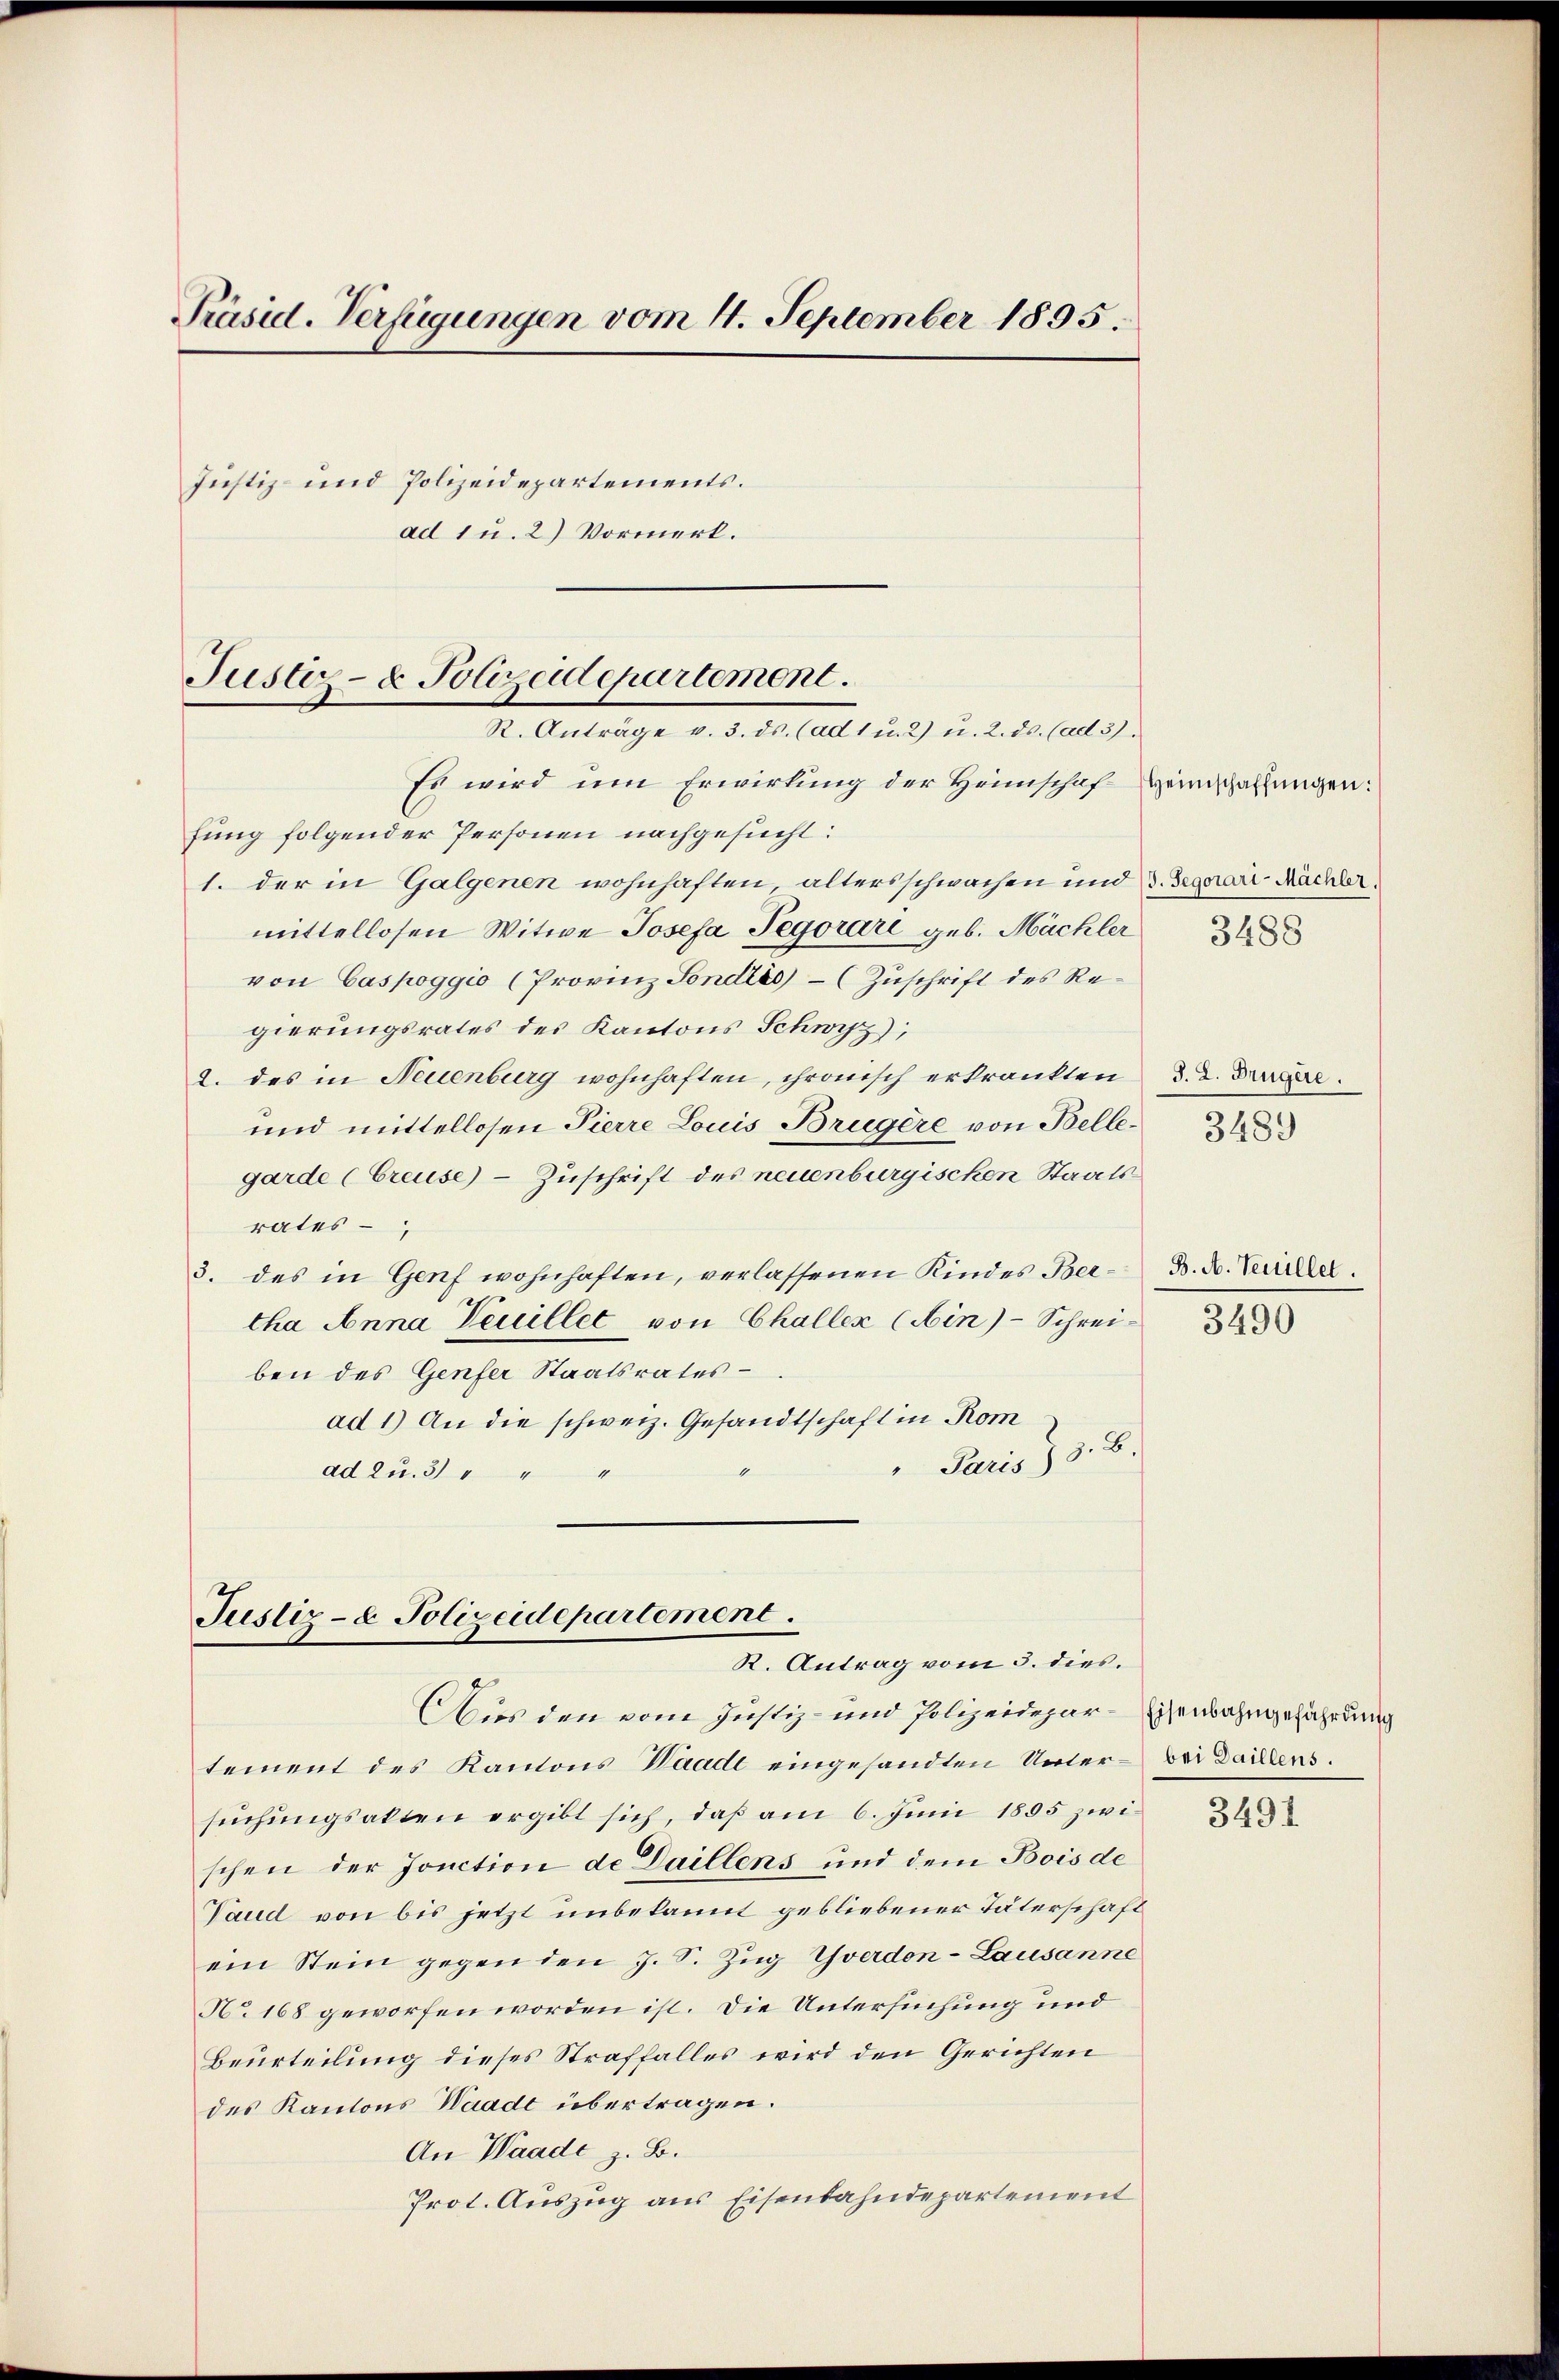
Präsid. Verfügungen vom 4. September 1895.
Justiz- und Polizeidepartements.
ad 1 u. 2) Vormerk.

Justiz- & Polizeidepartement.
R. Anträge v. 3. ds. (ad 1 u. 2) u. 2. ds. (ad 3).

Es wird um Erwirkung der Heimschaf
fung folgender Personen nachgesucht:
1. der in Galgenen wohnhaften altersschwachen und 3. Segerari-Nächter
mittellosen Witwe Josefa Pegorari geb. Mächler
von Caspoggio (Provinz Fondits) – (Zuschrift des Regierungsrates des Kantons Schwyz);
2. des in Neuenburg wohnhaften, chronisch erkrankten
und mittellosen Pierre Louis Brugère von Bellegarde (Greuse) - Zuschrift des neuenburgischen Staatsrates
3. des in Genf wohnhaften, verlassenen Kindes Bertha Anna Teuillet von Challer (Ain)- Schrei-
ben des Genfer Staatsrates
ad 1) An die schweiz. Gesandtschaft in Rom
Paris I 3. B.
ad zu. 3
e

Justiz- & Polizeidepartement.
K. Antrag vom 3. dies.

tement des Kantons Waadt eingesandten Untersuchungsakten ergibt sich, daß am 6. Juni 1895 zwischen der Ionction de Daillens und dem Bois de
Vaud von bis jetzt unbekannt gebliebener Täterschaft
ein Stein gegen den J. S. Zug Yverdon-Lausanne
No. 168 geworfen worden ist. Die Untersuchung und
Beurteilung dieses Straffalles wird den Gerichten
des Kantons Waadt übertragen.
An Waadt z. B.
Prot. Auszug aus Eisenbahndepartement

Aus den vom Justiz- und Polizeidepar-Eisenbahngefährdung

Heimschaffŭngen:

3488

J. L. Brugere.
3489

B. A. Teuillet.

3490

3491

bei Daillens.